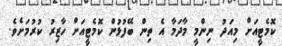
ކޮމެޓީއަށް މިއަދު ނިންމީ މާދަމާ އެ ތިން ބޭފުޅުން ކޮމެޓީއަށް ހާޒިރު ކުރުމަށެވެ.